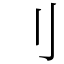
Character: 刂